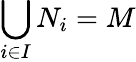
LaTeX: \bigcup_{i\in I}N_{i}=M